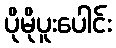
ပိုမိုပူးပေါင်း